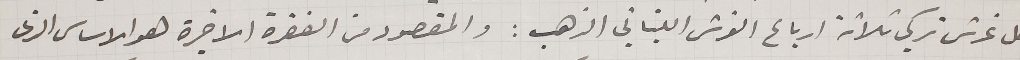
كل غرش تركي ثلاثة ارباع الغرش اللبناني الذهب: والمقصود من الفقرة الاخيرة هو الاساس الذى